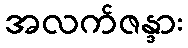
အလက်ဇန္ဒား